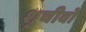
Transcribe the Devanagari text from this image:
शुचीवो